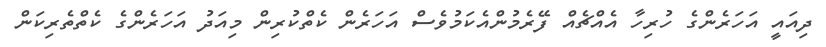
ދިއައީ އަހަރެންގެ ހުރިހާ އެއްޗެއް ފޭރެމުންއެކަމުވެސް އަހަރެން ކެތްކުރިން މިއަދު އަހަރެންގެ ކެތްތެރިކަން